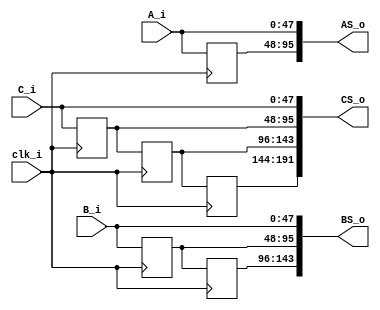
`timescale 1ns / 1ps
////////////////////////////////////////////////////////////////////////////////
// This file is a part of the Antarctic Impulsive Transient Antenna (ANITA)
// project, a collaborative scientific effort between multiple institutions. For
// more information, contact Peter Gorham (gorham@phys.hawaii.edu).
//
// All rights reserved.
//
// Author:
// Author:
////////////////////////////////////////////////////////////////////////////////
module RITC_input_storage(
			clk_i,
			A_i, B_i, C_i,
			AS_o, BS_o, CS_o
    );
	
	parameter NBITS = 48;
	parameter A_STAGES = 1;
	parameter B_STAGES = 2;
	parameter C_STAGES = 3;
	
	input clk_i;
	input [NBITS-1:0] A_i;
	input [NBITS-1:0] B_i;
	input [NBITS-1:0] C_i;
	output [NBITS*(A_STAGES+1)-1:0] AS_o;
	output [NBITS*(B_STAGES+1)-1:0] BS_o;
	output [NBITS*(C_STAGES+1)-1:0] CS_o;
	
	assign AS_o[ NBITS-1 : 0 ] = A_i;
	assign BS_o[ NBITS-1 : 0 ] = B_i;
	assign CS_o[ NBITS-1 : 0 ] = C_i;
	
	generate
		genvar ai, bi, ci;
		if (A_STAGES > 0) begin : A0
			// For each stage, create an NBITS-wide shift register.
			reg [(A_STAGES)*NBITS-1:0] a_shift = {(A_STAGES)*NBITS-1{1'b0}};
			for (ai=0;ai<A_STAGES;ai=ai+1) begin : LOOP
				// First stage sees the input.
				if (ai == 0 ) begin : HEAD
					always @(posedge clk_i) begin : HEAD_SHIFT
						a_shift[ NBITS*(ai) +: NBITS ] <= A_i;
					end
				end 
				// Everyone else sees a shift register.
				else begin : BODY
					always @(posedge clk_i) begin : BODY_SHIFT
						a_shift[ NBITS*(ai) +: NBITS ] <= a_shift[ NBITS*(ai-1) +: NBITS ];
					end
				end
			end
			assign AS_o[ NBITS +: (NBITS*A_STAGES) ] = a_shift;
		end
		if (B_STAGES > 0) begin : B0
			// For each stage, create an NBITS-wide shift register.
			reg [(B_STAGES)*NBITS-1:0] b_shift = {(B_STAGES)*NBITS-1{1'b0}};
			for (bi=0;bi<B_STAGES;bi=bi+1) begin : LOOP
				if (bi == 0 ) begin : HEAD
					always @(posedge clk_i) begin : HEAD_SHIFT
						b_shift[ NBITS*(bi) +: NBITS ] <= B_i;
					end
				end else begin : BODY
					always @(posedge clk_i) begin : BODY_SHIFT
						b_shift[ NBITS*(bi) +: NBITS ] <= b_shift[ NBITS*(bi-1) +: NBITS ];
					end
				end
			end
			assign BS_o[ NBITS +: (NBITS*B_STAGES) ] = b_shift;
		end
		if (C_STAGES > 0) begin : C0
			// For each stage, create an NBITS-wide shift register.
			reg [(C_STAGES)*NBITS-1:0] c_shift = {(C_STAGES)*NBITS-1{1'b0}};
			for (ci=0;ci<C_STAGES;ci=ci+1) begin : LOOP
				if (ci == 0 ) begin : HEAD
					always @(posedge clk_i) begin : HEAD_SHIFT
						c_shift[ NBITS*(ci) +: NBITS ] <= C_i;
					end
				end else begin : BODY
					always @(posedge clk_i) begin : BODY_SHIFT
						c_shift[ NBITS*(ci) +: NBITS ] <= c_shift[ NBITS*(ci-1) +: NBITS ];
					end
				end
			end
			assign CS_o[ NBITS +: (NBITS*C_STAGES) ] = c_shift;
		end
	endgenerate

endmodule